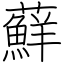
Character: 蘚